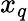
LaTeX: x_{q}